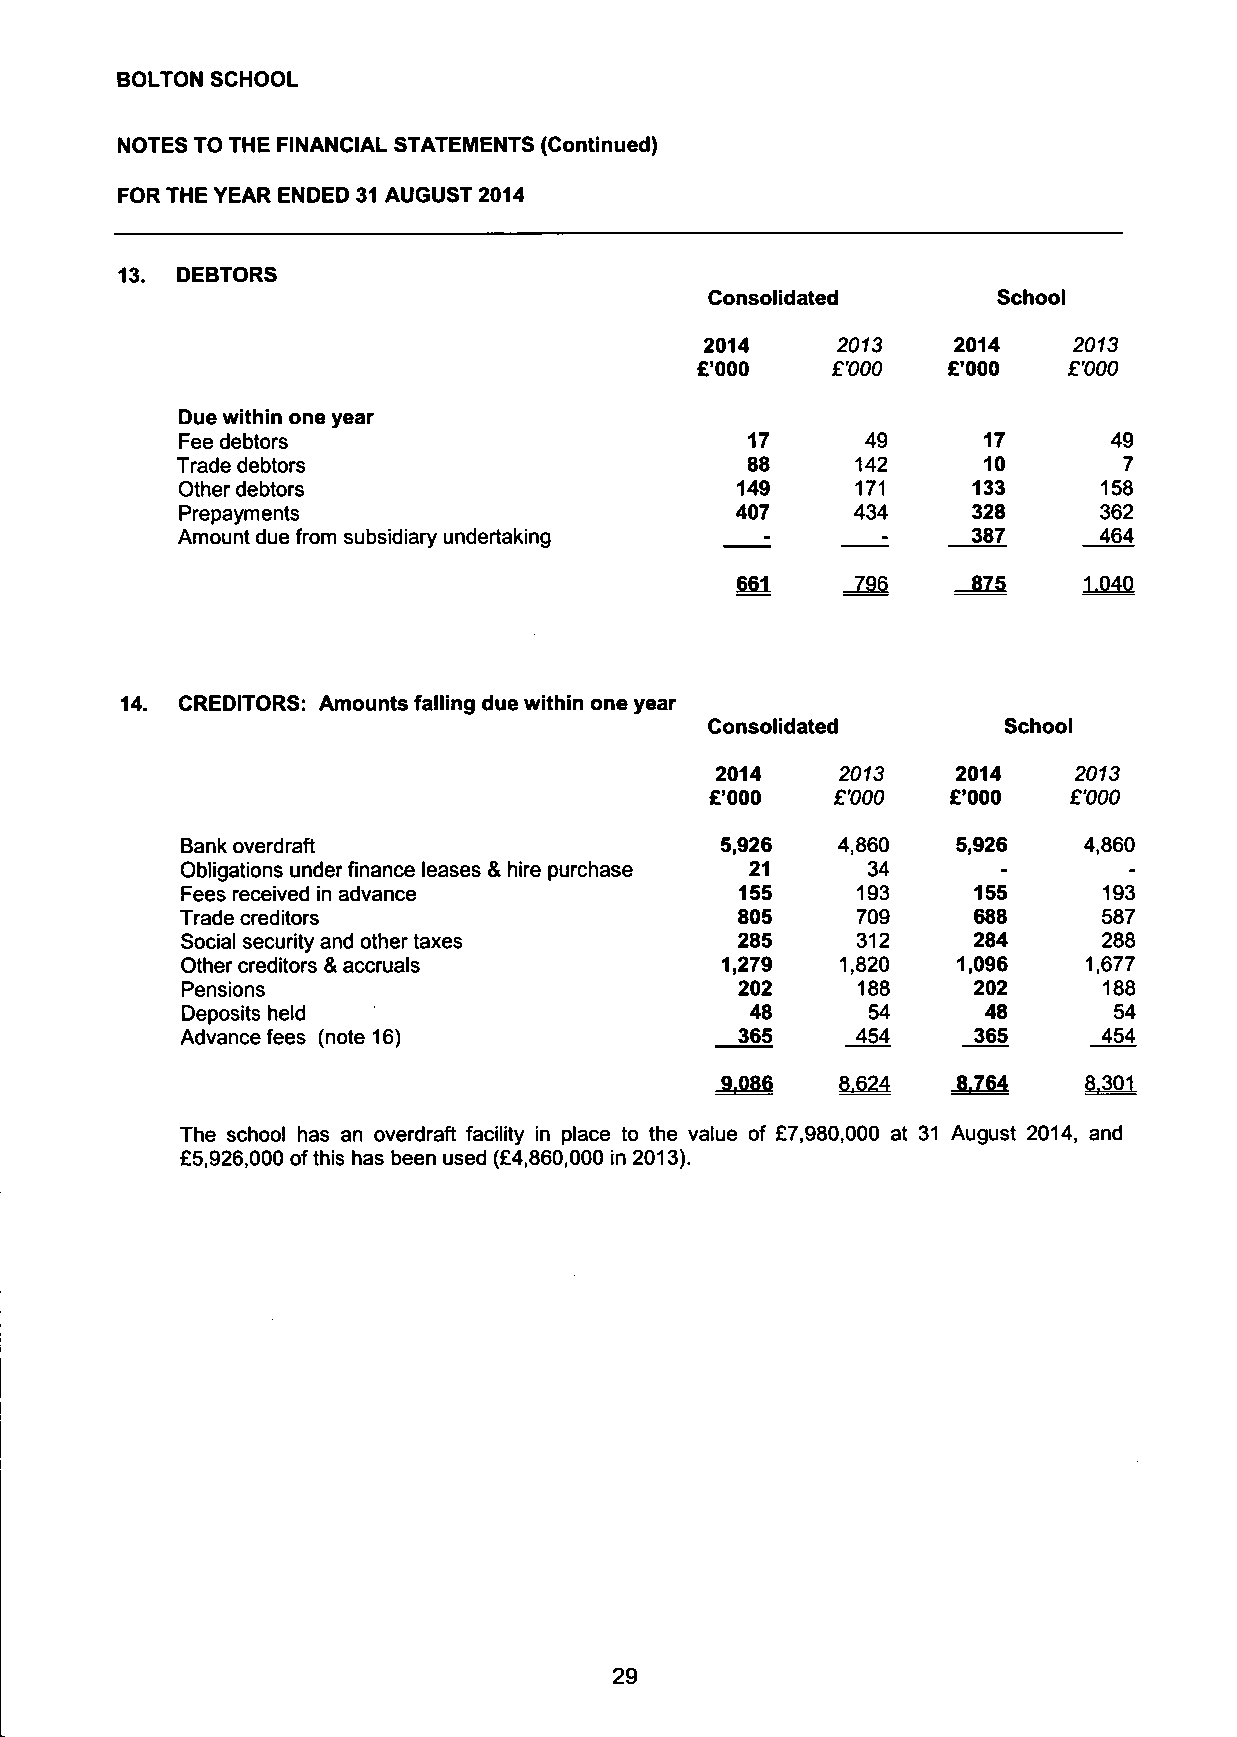
BOLTON SCHOOL
 NOTES TO THE FINANCIAL STATEMENTS (Continued)
 FOR THE YEAR ENDED 31 AUGUST 2014
 13. DEBTORS
 Consolidated       School
 2014    2013    2014    2013
 £'000    £'000   £'000   £'000
 Due within one year
 Fee debtors                          17      49      17       49
 Trade debtors                        88      142     10       7
 Other debtors                        149     171    133      158
 Prepayments                          407     434    328      362
 Amount due from subsidiary undertaking -      -     387      464
 661     796    875     1.040
 14. CREDITORS: Amounts falling due within one year
 Consolidated       School
 2014    2073    2014    2073
 £'000   £'000   £'000   £'000
 Bank overdraft                      5,926  4,860   5,926    4,860
 Obligations under finance leases & hire purchase 21 34 -       -
 Fees received in advance             155     193    155      193
 Trade creditors                      805     709    688      587
 Social security and other taxes      285     312    284      288
 Other creditors & accruals          1,279   1,820  1,096    1,677
 Pensions                             202     188    202      188
 Deposits held                         48     54      48       54
 Advance fees (note 16)               365     454    365      454
 9.086   8,624  8,764    8.301
 The school has an overdraft facility in place to the value of £7,980,000 at 31 August 2014, and
 £5,926,000 of this has been used (£4,860,000 in 2013).
 29